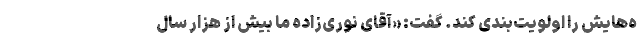
ه‌هایش‌ را اولویت‌بندی کند. گفت: «آقای نوری‌زاده ما بیش از هزار سال